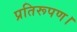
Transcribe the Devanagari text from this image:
प्रतिरूपण।